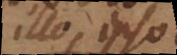
illo ipso